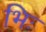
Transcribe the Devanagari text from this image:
भिः